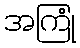
အကြုံ